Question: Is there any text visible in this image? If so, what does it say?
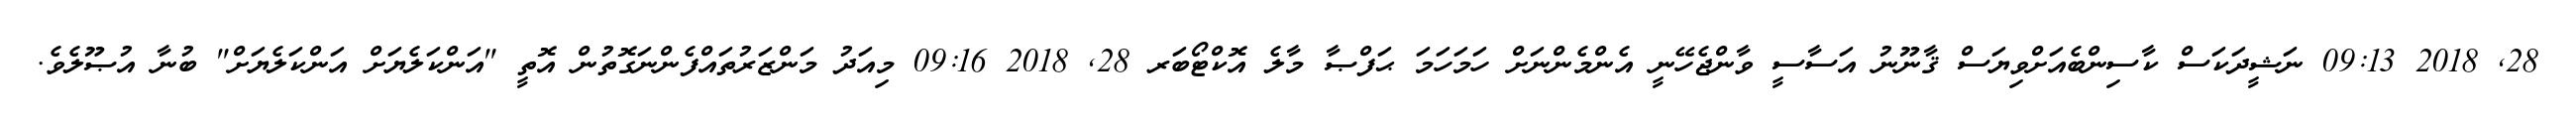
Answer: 28, 2018 09:13 ނަޝީދަކަސް ކާސިންބެއަށްވިޔަސް ޤާނޫނު އަސާސީ ވާންޖެހޭނީ އެންމެންނަށް ހަމަހަމަ ޙަފްޞާ މާލެ އޮކްޓޯބަރ 28, 2018 09:16 މިއަދު މަންޒަރުތައްފެންނަގޮތުން އޮތީ "އަންކަލެޔަށް އަންކަލެޔަށް" ބުނާ އުޞޫލެވެ.